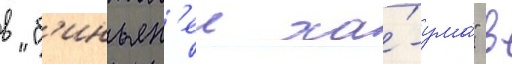
в "б'иньян'еи ха́-ума́" в